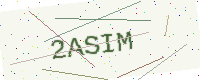
Text: 2ASIM